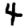
Digit: 4